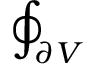
\oint _ { \partial V }